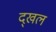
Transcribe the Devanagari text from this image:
द्खल